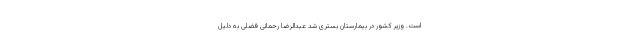
است‌. وزیر کشور در بیمارستان بستری شد عبدالرضا رحمانی فضلی به دلیل